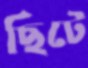
ছিটে